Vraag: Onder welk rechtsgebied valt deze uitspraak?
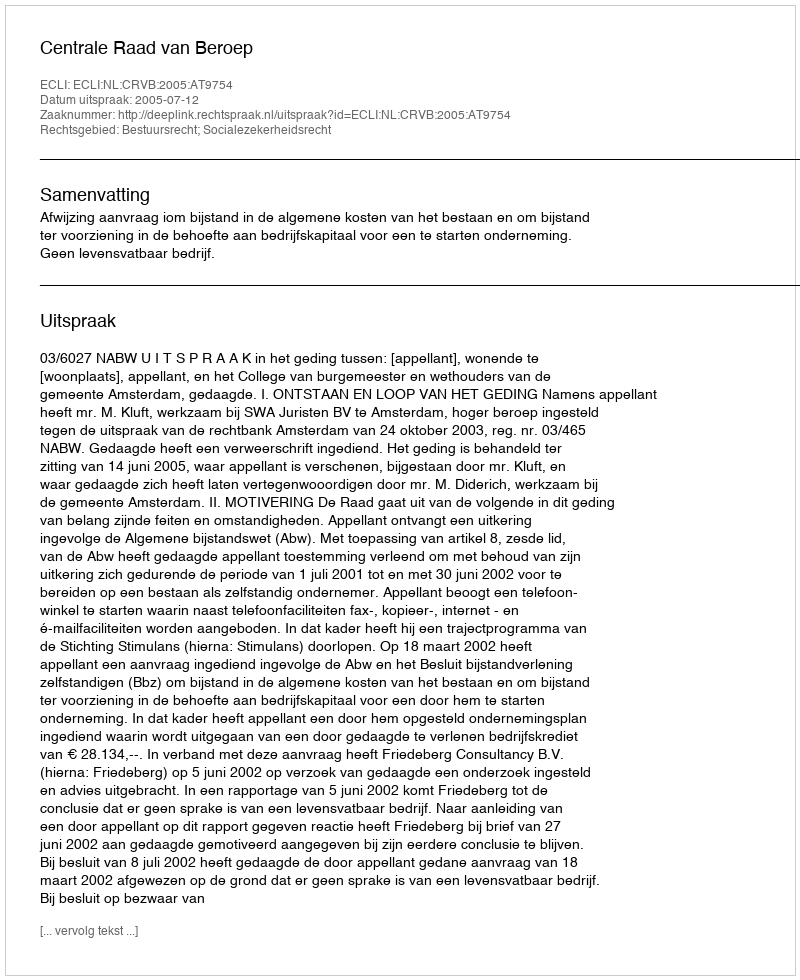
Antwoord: Bestuursrecht; Socialezekerheidsrecht